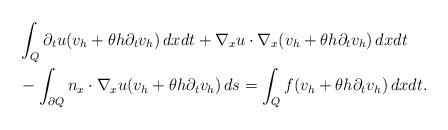
LaTeX: \begin{align*} &\int_Q \partial_t u (v_h + \theta h \partial_t v_h ) \,dx dt + \nabla_x u \cdot \nabla_x (v_h + \theta h \partial_t v_h ) \,dx dt \\ & - \int_{\partial Q} n_x \cdot \nabla_x u (v_h + \theta h \partial_t v_h)\, ds =\int_Q f (v_h + \theta h \partial_t v_h ) \,dx dt. \end{align*}